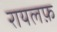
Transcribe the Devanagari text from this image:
रायलफ़